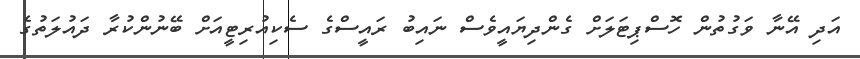
އަދި އޭނާ ވަގުތުން ހޮސްޕިޓަލަށް ގެންދިޔައީވެސް ނައިބު ރައީސްގެ ސެކިއުރިޓީއަަށް ބޭނުންކުރާ ދައުލަތުގެ